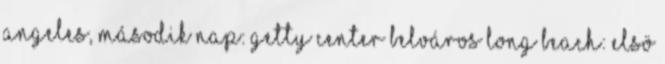
Angeles, második nap: Getty Center Belváros Long Beach: Elsö